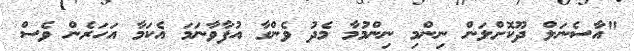
"އާސެނަލް ދޫކޮށްލަން ނިންމި ނިންމުމާ މެދު ވެންގާ އުފާވާނަމަ އެކަމާ އަހަރެން ވެސް